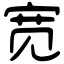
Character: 宽